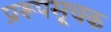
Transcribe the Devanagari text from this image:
प्ररूपसूचक